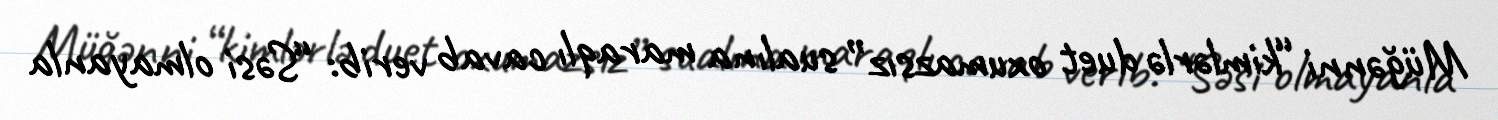
Müğənni “kimlərlə duet oxumazsız” sualına maraqlı cavab verib: “Səsi olmayanla